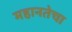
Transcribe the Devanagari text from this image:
महानतेचा